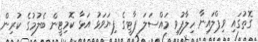
ގޮތުގައި ވިޕްލައިނާ ހިލާފުވި މައްސަލަ ޕާޓީގެ ފިޔަވަޅު އަޅާ ކޮމިޓީން ބެލުމުގެ ކުރިން